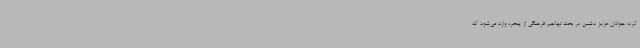
کرد: جوانان عزیز دشمن در بحث تهاجم فرهنگی از پنجره وارد می‌شود که